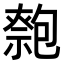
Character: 𠤃